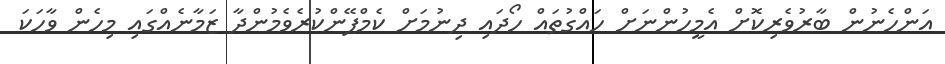
އަންހެނުން ބާރުވެރިކޮށް އެމީހުންނަށް ހައްގުތައް ހޯދައި ދިނުމަށް ކެމްޕޭންކުރެވެމުންދާ ޒަމާނެއްގައި މިހެން ވާހަކަ